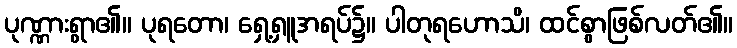
ပုဏ္ဏားရွာ၏။ ပုရတော၊ ရှေ့ရှူအရပ်၌။ ပါတုရဟောသိ၊ ထင်စွာဖြစ်လတ်၏။